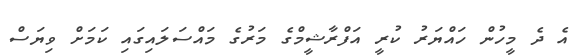
އެ ދެ މީހުން ހައްޔަރު ކުރީ އަފްރާޝީމްގެ މަރުގެ މައްސަލައިގައި ކަމަށް ވިޔަސް